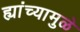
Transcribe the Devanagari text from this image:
ह्यांच्यामुळे